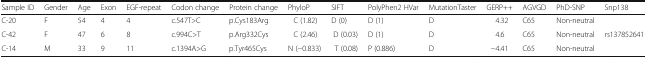
<table><thead><tr><td><b>Sample ID</b></td><td><b>Gender</b></td><td><b>Age</b></td><td><b>Exon</b></td><td><b>EGF-repeat</b></td><td><b>Codon change</b></td><td><b>Protein change</b></td><td><b>PhyloP</b></td><td><b>SIFT</b></td><td><b>PolyPhen2 HVar</b></td><td><b>MutationTaster</b></td><td><b>GERP++</b></td><td><b>AGVGD</b></td><td><b>PhD-SNP</b></td><td><b>Snp138</b></td></tr></thead><tbody><tr><td>C-20</td><td>F</td><td>54</td><td>4</td><td>4</td><td>c.547T&gt;C</td><td>p.Cys183Arg</td><td>C (1.82)</td><td>D (0)</td><td>D (1)</td><td>D</td><td>4.32</td><td>C65</td><td>Non-neutral</td><td></td></tr><tr><td>C-42</td><td>F</td><td>47</td><td>6</td><td>8</td><td>c.994C&gt;T</td><td>p.Arg332Cys</td><td>C (2.46)</td><td>D (0.03)</td><td>D (1)</td><td>D</td><td>4.6</td><td>C65</td><td>Non-neutral</td><td>rs137852641</td></tr><tr><td>C-14</td><td>M</td><td>33</td><td>9</td><td>11</td><td>c.1394A&gt;G</td><td>p.Tyr465Cys</td><td>N (−0.833)</td><td>T (0.08)</td><td>P (0.886)</td><td>D</td><td>−4.41</td><td>C65</td><td>Non-neutral</td><td></td></tr></tbody></table>